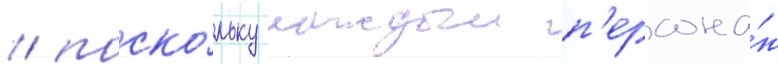
/ поско́льку каждыи п'ерсона́ж